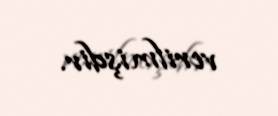
verilmişdir.